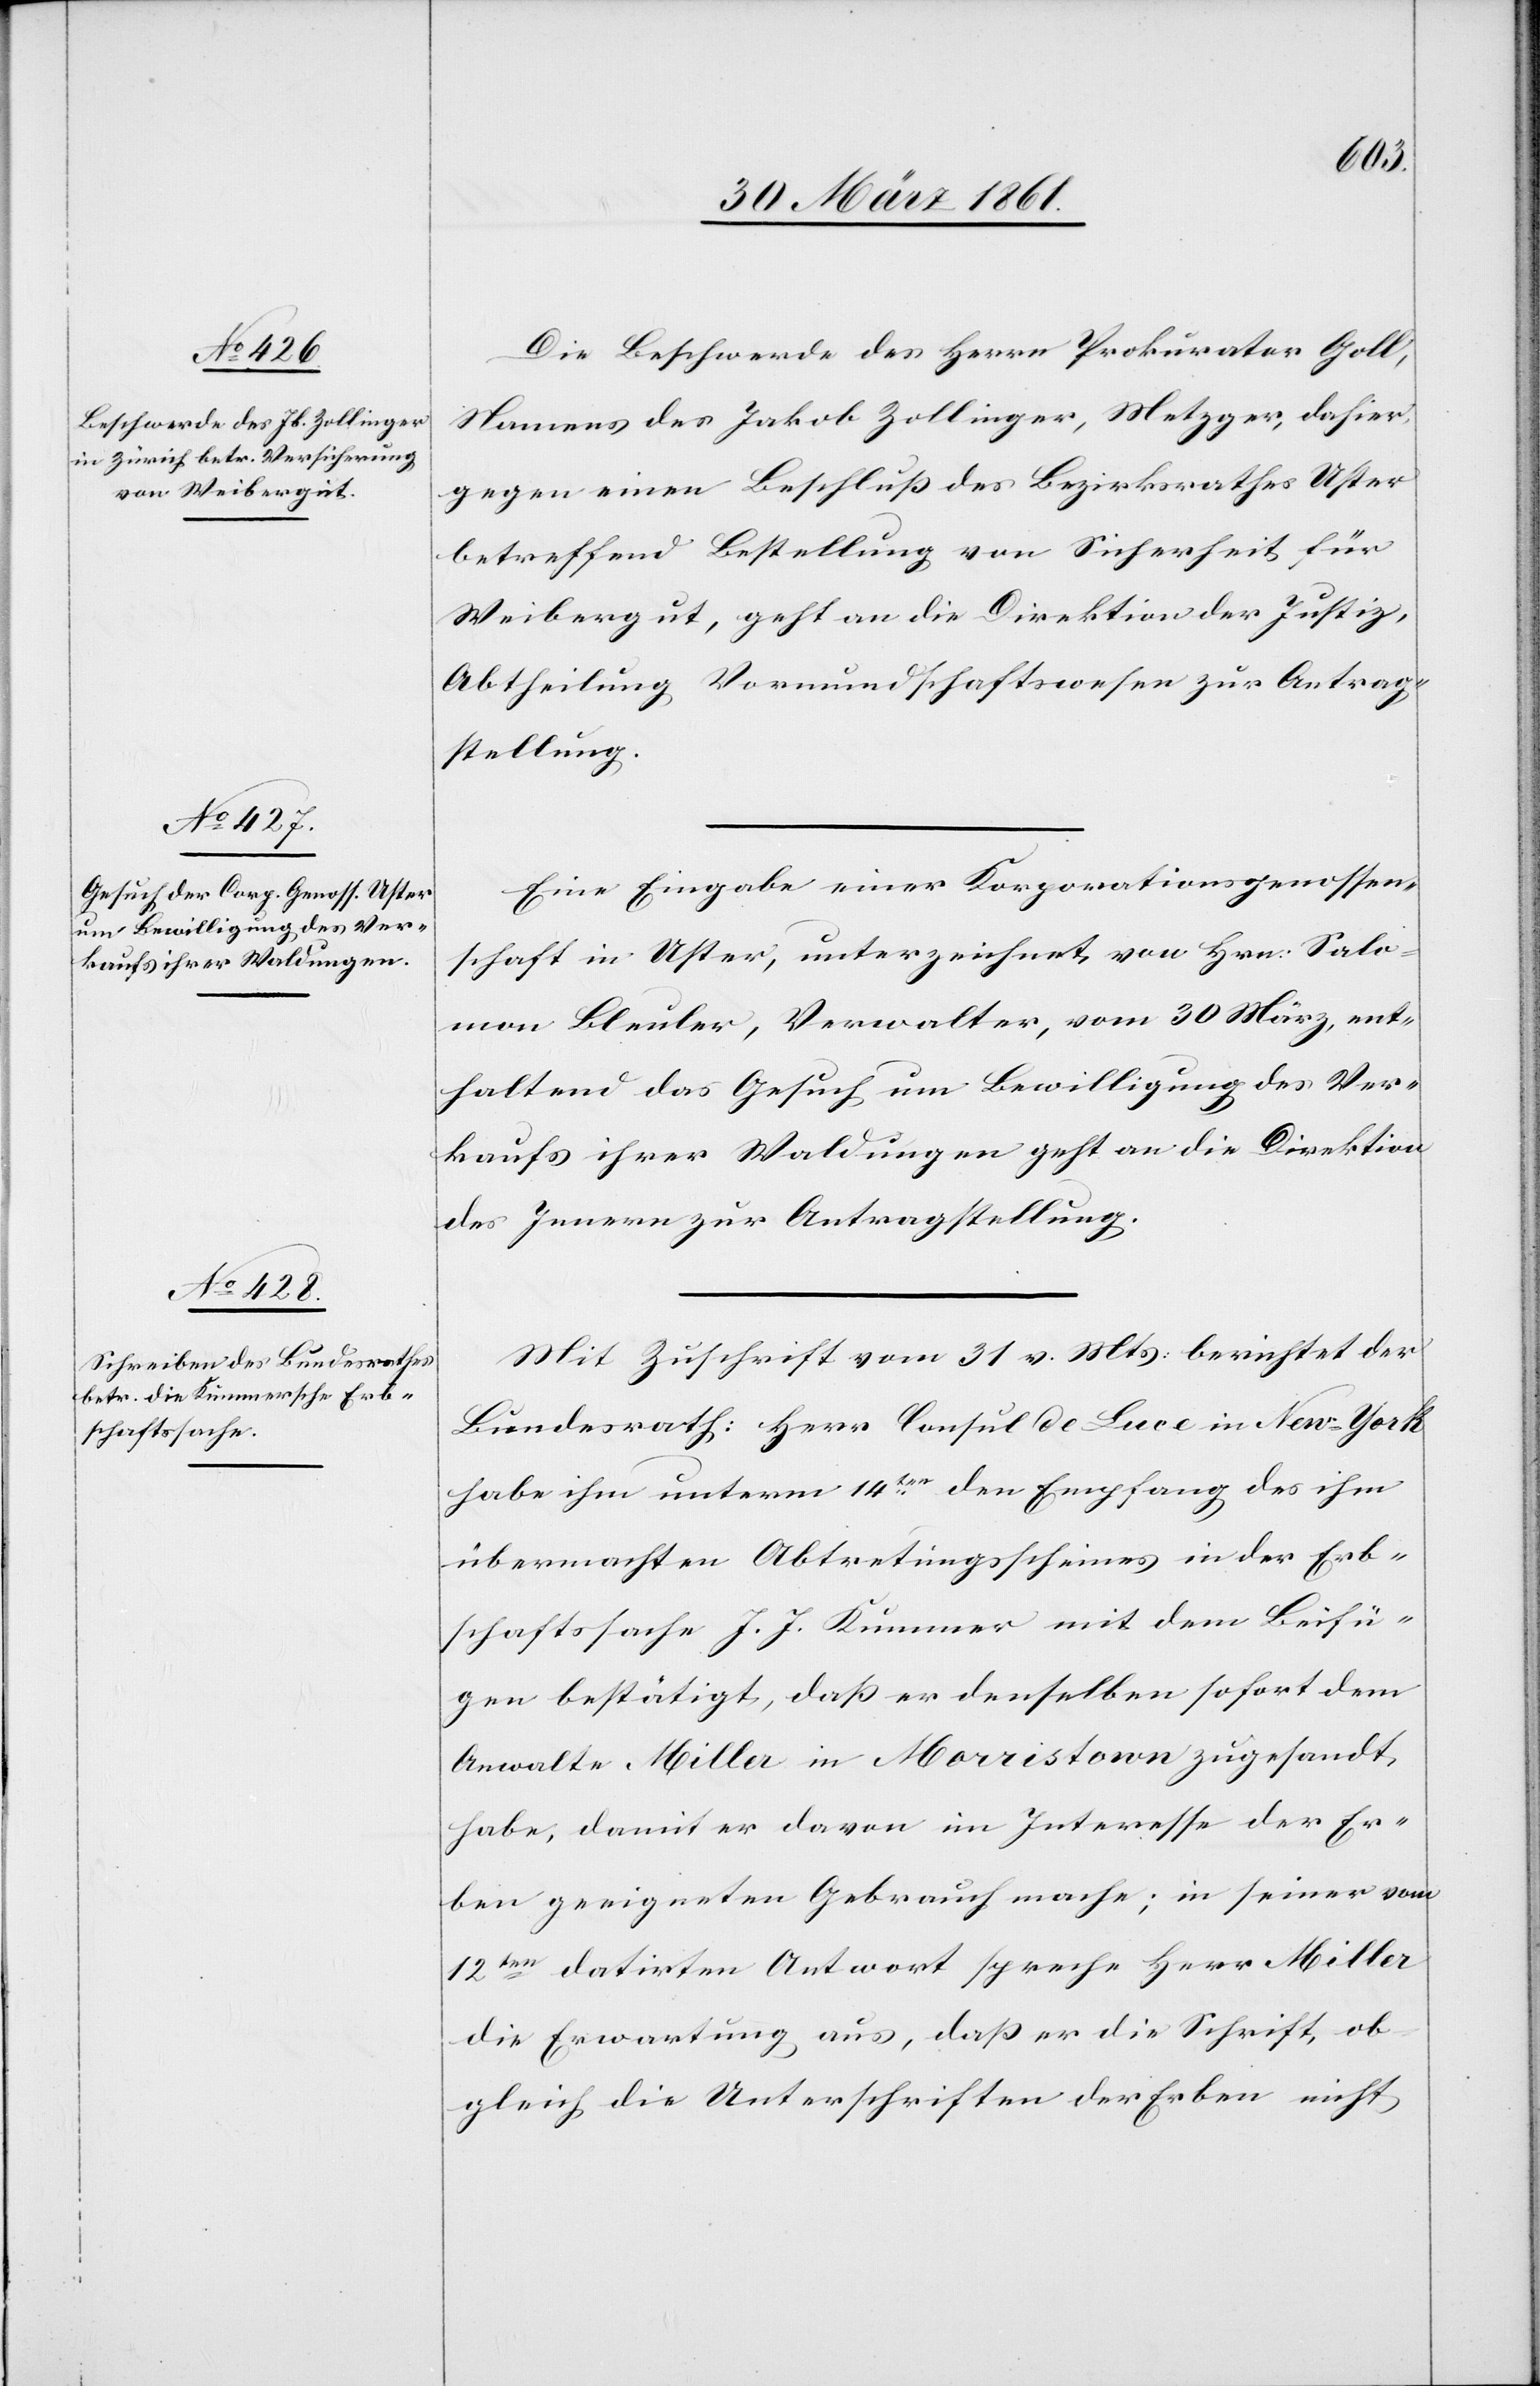
den
2. April 1861.]
Die Beschwerde des Herrn Prokurator Goll,
Namens des Jakob Zollinger, Metzger, dahier,
gegen einen Beschluß des Bezirksrathes Uster
betreffend Bestellung von Sicherheit für
Weibergut, geht an die Direktion der Justiz,
Abtheilung Vormundschaftswesen zur Antrag¬
stellung.
Eine Eingabe einer Korporationsgenossen¬
schaft in Uster, unterzeichnet von Hrn. Salo¬
mon Bleuler, Verwalter, vom 30. März, ent¬
haltend das Gesuch um Bewilligung des Ver¬
kaufs ihrer Waldungen geht an die Direktion
des Innern zur Antragstellung.
Mit Zuschrift vom 31. v. Mts. berichtet der
Bundesrath: Herr Consul de Luce in New-York
habe ihm unterm 14ten den Empfang des ihm
übermachten Abtretungsscheines in der Erb¬
schaftssache J. J. Kummer mit dem Beifü¬
gen bestätigt, daß er denselben sofort dem
Anwalte Miller in Morristown zugesandt
habe, damit er davon im Interesse der Er¬
ben geeigneten Gebrauch mache; in seiner vom
12ten datirten Antwort spreche Herr Miller
die Erwartung aus, daß er die Schrift, ob
gleich die Unterschriften der Erbe nicht